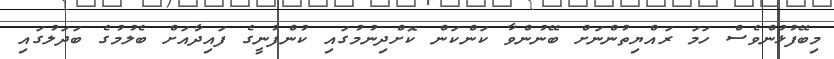
މިބޭފުޅުންވެސް ހަމަ ރައްޔިތުންނަށް ބޭނުންވާ ކަންކަން ކޮށްދިނުމުގައި ކުންފުނީގެ ފައިދާއަށް ބެލުމުގެ ބަދަލުގައި